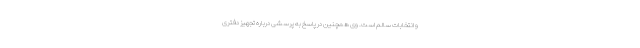
و انتخابات سالم است. وی همچنین در پاسخ به پرسشی درباره تجهیز دفتری